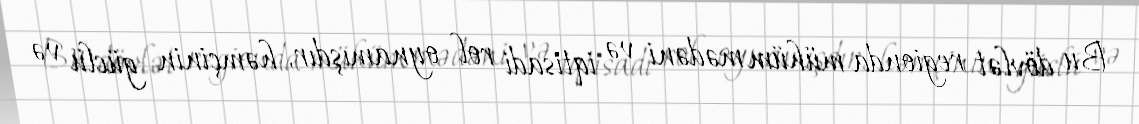
Bu dövlət regionda mühüm mədəni və iqtisadi rol oynamışdır, həmçinin güclü və